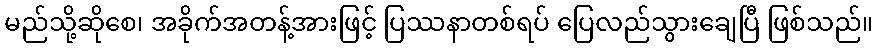
မည်သို့ဆိုစေ၊ အခိုက်အတန့်အားဖြင့် ပြဿနာတစ်ရပ် ပြေလည်သွားချေပြီ ဖြစ်သည်။